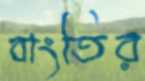
বাংতির